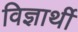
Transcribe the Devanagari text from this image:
विज्ञार्थी